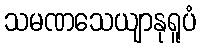
သမဏသေယျာနုရူပံ